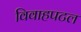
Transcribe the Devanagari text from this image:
विवाहपटल